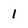
Character: 1